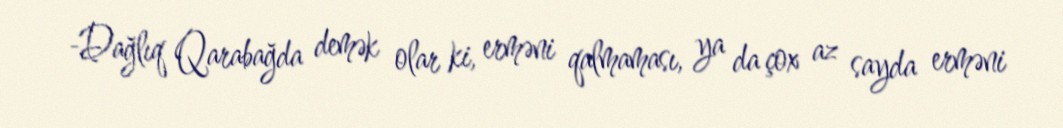
-Dağlıq Qarabağda demək olar ki, erməni qalmaması, ya da çox az sayda erməni